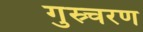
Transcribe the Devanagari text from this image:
गुस्र्चरण